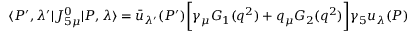
\langle P ^ { \prime } , \lambda ^ { \prime } | J _ { 5 \mu } ^ { 0 } | P , \lambda \rangle = \bar { u } _ { \lambda ^ { \prime } } ( P ^ { \prime } ) \biggl [ \gamma _ { \mu } G _ { 1 } ( q ^ { 2 } ) + q _ { \mu } G _ { 2 } ( q ^ { 2 } ) \biggr ] \gamma _ { 5 } u _ { \lambda } ( P )